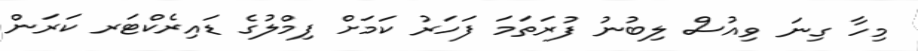
މިހާ ގިނަ ވިއުސް ލިބުނު ފުރަތަމަ ފަހަރު ކަމަށް ފިމްލުގެ ޑައިރެކްޓަރ ކަރަން